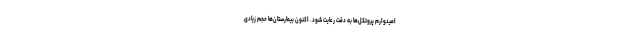
امیدوارم پروتکل‌ها به دقت رعایت شود. اکنون بیمارستان‌ها حجم زیادی